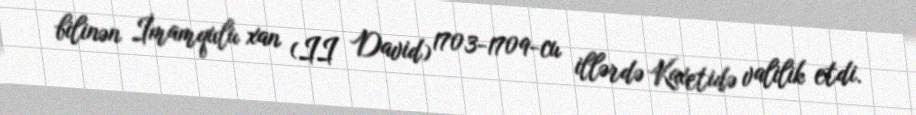
bilinən İmamqulu xan (II David) 1703-1709-cu illərdə Kaxetidə valilik etdi.